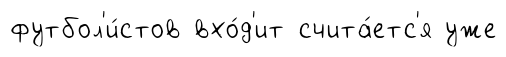
футбол'и́стов вхо́д'ит счита́етс'я уже